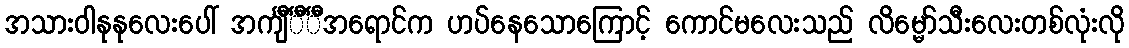
အသားဝါနုနုလေးပေါ် အင်္ကျီင်္ီင်္ီအရောင်က ဟပ်နေသောကြောင့် ကောင်မလေးသည် လိမ္မော်သီးလေးတစ်လုံးလို